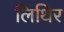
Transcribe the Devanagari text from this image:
लिथिर